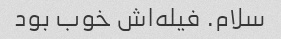
سلام. فیله‌اش خوب بود